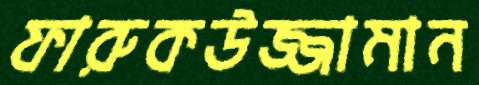
ফারুকউজ্জামান